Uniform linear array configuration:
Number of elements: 8
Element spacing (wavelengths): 0.75
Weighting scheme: uniform
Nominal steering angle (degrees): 15
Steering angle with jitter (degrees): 16.011
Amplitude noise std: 0.05
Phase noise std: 0.05

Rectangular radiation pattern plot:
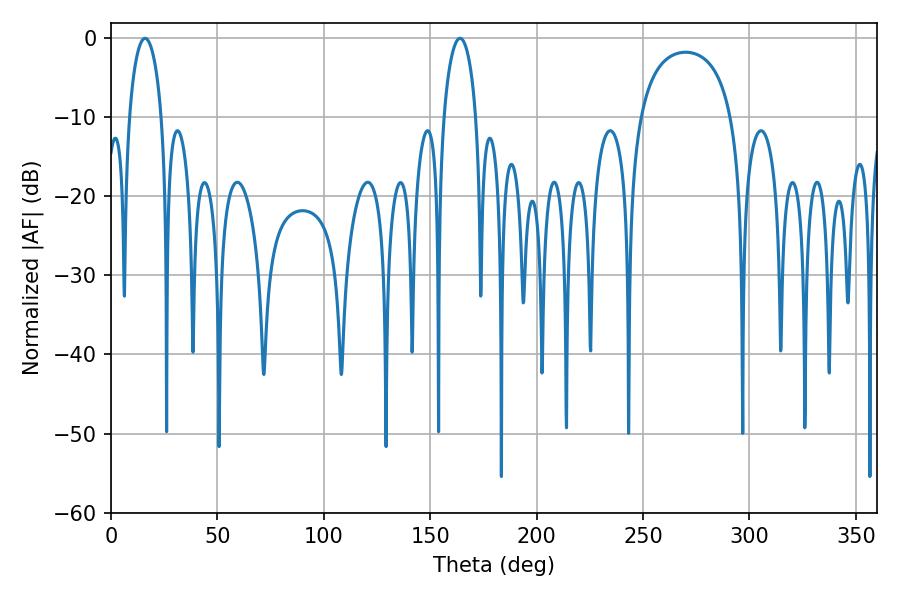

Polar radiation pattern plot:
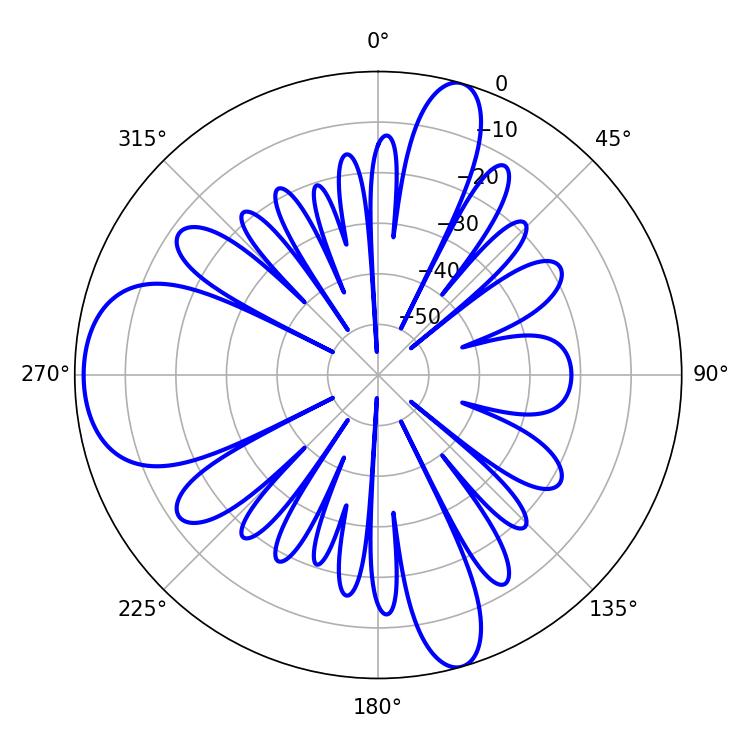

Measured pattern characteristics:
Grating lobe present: TRUE
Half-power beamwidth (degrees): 8.64
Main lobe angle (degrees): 16.02